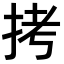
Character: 拷